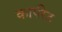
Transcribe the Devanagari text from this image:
कार्परेट